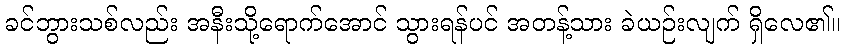
ခင်ဘွားသစ်လည်း အနီးသို့ရောက်အောင် သွားရန်ပင် အတန့်သား ခဲယဉ်းလျက် ရှိလေ၏။